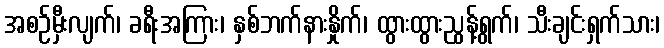
အစဉ်မှီးလျက်၊ ခရီးအကြား၊ နှစ်ဘက်နားနှိုက်၊ ထွားထွားညွန့်ရွက်၊ သီးချင်းရှက်သား၊